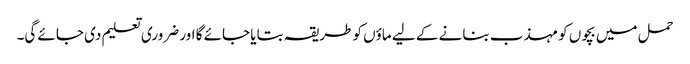
حمل میں بچوں کو مہذب بنانے کے لیے ماؤں کو طریقہ بتایا جائے گا اور ضروری تعلیم دی جائے گی۔